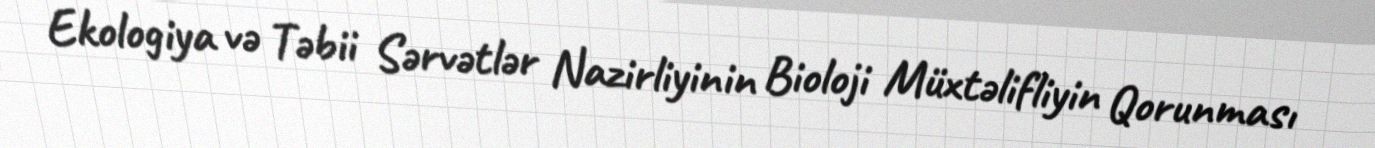
Ekologiya və Təbii Sərvətlər Nazirliyinin Bioloji Müxtəlifliyin Qorunması